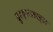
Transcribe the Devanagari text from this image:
दुश्कृत्याबद्दल